Indian journal of veterinary science and animal husbandry - Volumes 18-21, 1948-1951
Year: 1948
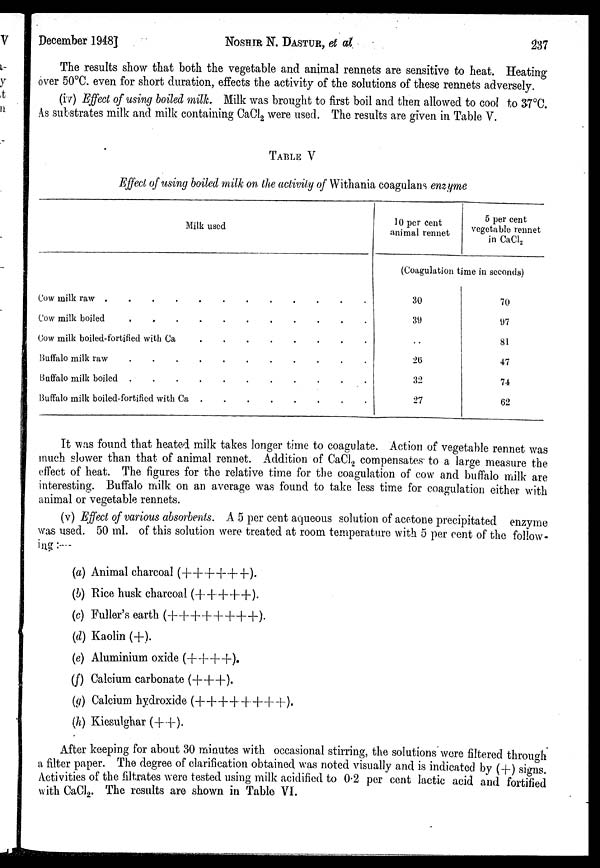
December 1948]
NOSHIR
N. DASTUR,
et
al.
237
The results show that both the vegetable and animal rennets are sensitive to heat. Heating
over 50°C. even for short duration, effects the activity of the solutions of these rennets adversely.
(iv) Effect of using boiled milk. Milk was brought to first boil and then allowed to cool to 37°C.
As substrates milk and milk containing CaCl 2 were used. The results are given in Table V.
TABLE V
Effect of using boiled milk on the activity of Withania coagulans enzyme
Milk used
Cow milk raw
.
.
.
.
.
.
.
.
.
.
.
Cow milk boiled
.
.
.
.
.
.
.
.
.
.
.
Cow milk boiled-fortified with
Ca.
.
.
.
.
.
.
.
.
.
.
Buffalo milk
raw.
.
.
.
.
.
.
.
.
.
.
Buffalo milk
boiled.
.
.
.
.
.
.
.
.
.
.
Buffalo milk boiled-fortified with Ca.
.
.
.
.
.
.
.
.
.
.
10 per cent
animal rennet
5 per cent
vegetable rennet
in CaCl 2
(Coagulation time in seconds)
30
39
. .
26
32
27
70
97
81
47
74
62
It was found that heated milk takes longer time to coagulate. Action of vegetable rennet was
much slower than that of animal rennet. Addition of CaCl 2 compensates to a large measure the
effect of heat. The figures for the relative time for the coagulation of cow and buffalo milk are
interesting. Buffalo milk on an average was found to take less time for coagulation either with
animal or vegetable rennets.
(v) Effect of various absorbents. A 5 per cent aqueous solution of acetone precipitated enzyme
was used. 50 ml. of this solution were treated at room temperature with 5 per cent of the follow-
ing :–
(a) Animal charcoal (++++++).
(b) Rice husk charcoal (+++++).
(c) Fuller's earth (++++++++).
(d) Kaolin (+).
(e) Aluminium oxide (++++).
(f) Calcium carbonate (+++).
(g) Calcium hydroxide (++++++++).
(h) Kiesulghar (++).
After keeping for about 30 minutes with occasional stirring, the solutions were filtered through
a filter paper. The degree of clarification obtained was noted visually and is indicated by (+) signs.
Activities of the filtrates were tested using milk acidified to 0.2 per cent lactic acid and fortified
with CaCl 2 . The results are shown in Table VI.